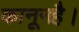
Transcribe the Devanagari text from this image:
कानूनहै।